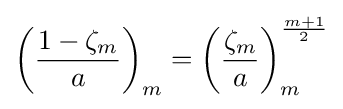
\left({\frac {1-\zeta _{m}}{a}}\right)_{m}=\left({\frac {\zeta _{m}}{a}}\right)_{m}^{\frac {m+1}{2}}